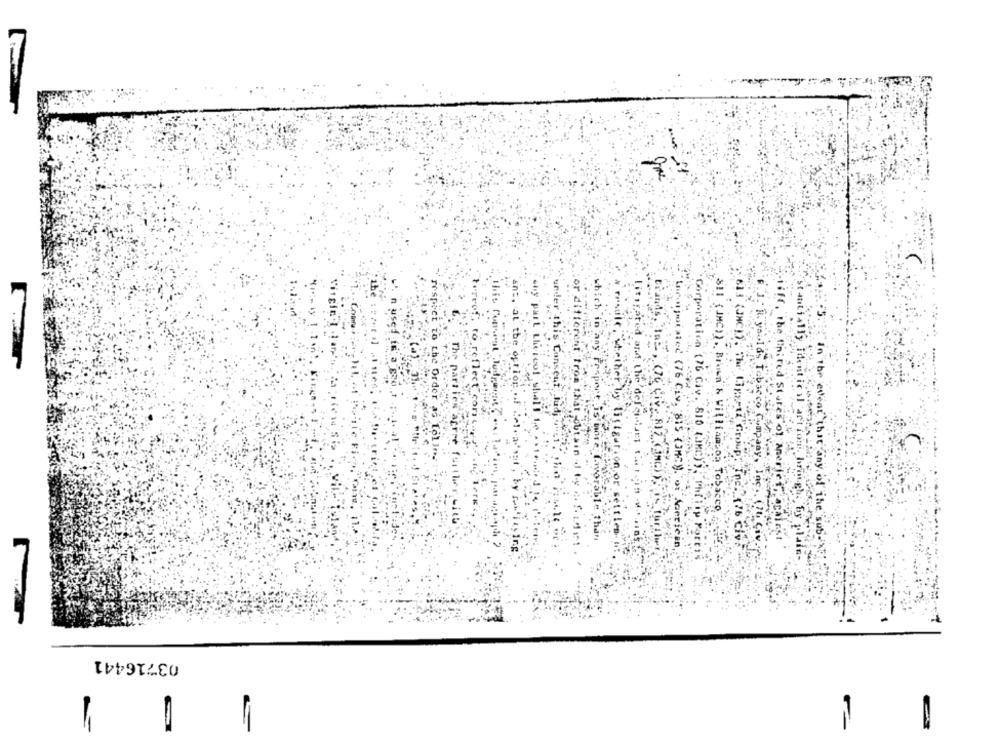
ander
or d
respect
tereof:
why part
which in:
: 614 (JNC)
trands, Tab
wt
SIE (JMC)) ,, B
J.R. yaulas
any F
Corporation (76
ant, at the option
Consent
thet
litigared and the dels
to reflect con
sport is more
obtain
aav.
815 (OMC).
In
on,or
Williamboa Tobacco
isff, the fihired Stares of wedler, Brafest
Acericin
seantially identical art fon brough. by plain-
In the event that any, of The sub-
03716441